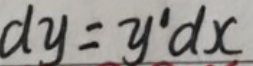
\[
dy = y'dx
\]